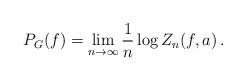
LaTeX: \begin{align*}P_G(f) = \lim_{n \to \infty} \frac{1}{n} \log Z_n(f,a) \,.\end{align*}